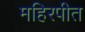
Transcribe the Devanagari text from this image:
महिरपीत